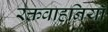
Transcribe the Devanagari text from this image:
रक्तवाहनियाँ